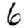
Digit: 6